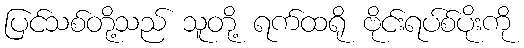
ပြင်သစ်တို့သည် သူတို့ ရက်ထရို ဗိုင်းရပ်စ်ပိုးကို